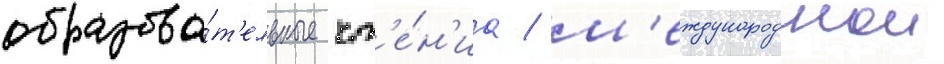
образова́т'ельные чт'е́н'иа / м'еждународнои